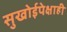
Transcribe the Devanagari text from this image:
सुखोईपेक्षाही